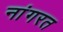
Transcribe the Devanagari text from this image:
नांगरत